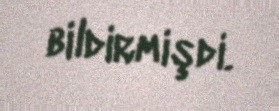
bildirmişdi.